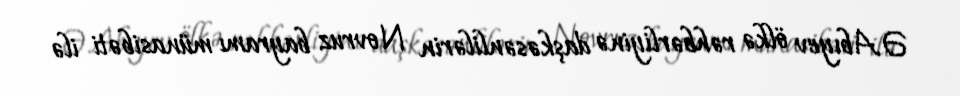
Ə.Abıyev ölkə rəhbərliyinə daşkəsənlilərin Novruz bayramı münasibəti ilə